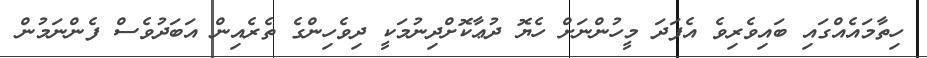
ހިތާމައެއްގައި ބައިވެރިވެ އެފަދަ މީހުންނަށް ހެޔޮ ދުޢާކޮށްދިނުމަކީ ދިވެހިންގެ ތެރެއިން އަބަދުވެސް ފެންނަމުން